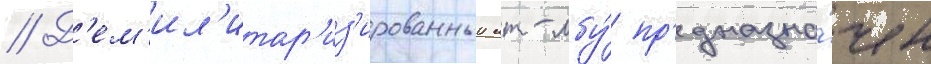
// Д'ем'ил'итар'из'ированныи мт-лбу́ пр'едназна́чен